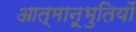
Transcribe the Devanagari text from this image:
आत्मानूभुतियों